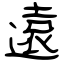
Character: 遠